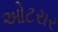
ઓટરાર